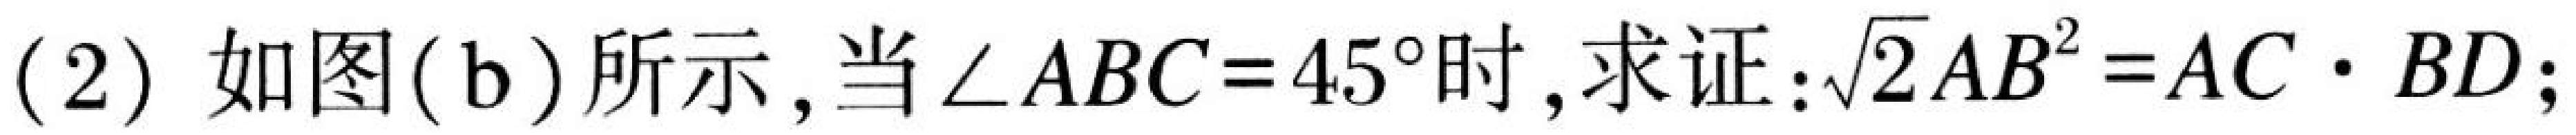
(2) 如图(b)所示, 当\(\angle ABC = 45^{\circ}\)时, 求证:\(\sqrt{2}AB^{2}=AC\cdot BD\);